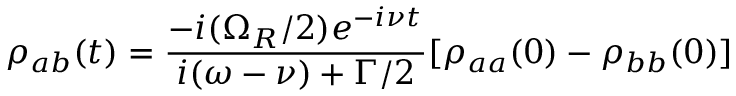
\rho _ { a b } ( t ) = { \frac { - i ( \Omega _ { R } / 2 ) e ^ { - i \nu t } } { i ( \omega - \nu ) + \Gamma / 2 } } [ \rho _ { a a } ( 0 ) - \rho _ { b b } ( 0 ) ]